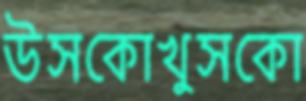
উসকোখুসকো